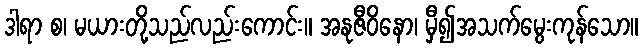
ဒါရာ စ၊ မယားတို့သည်လည်းကောင်း။ အနုဇီဝိနော၊ မှီ၍အသက်မွေးကုန်သော။